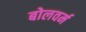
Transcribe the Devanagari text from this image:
बोलवर्म